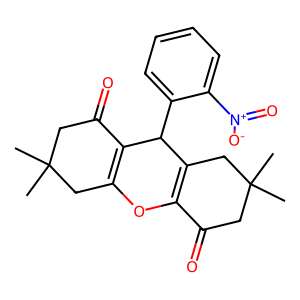
SMILES: CC1(C)CC(=O)C2=C(C1)OC1=C(CC(C)(C)CC1=O)C2c1ccccc1[N+](=O)[O-]
Inhibits HIV replication: No